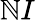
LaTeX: \mathbb{N}I